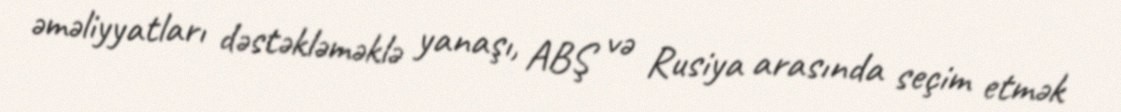
əməliyyatları dəstəkləməklə yanaşı, ABŞ və Rusiya arasında seçim etmək